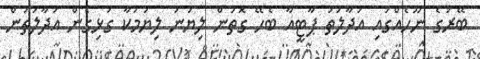
ބޭރުގެ ނޫހެއްގައި އަދާލަތު ޕާޓީއާ ބެހޭ ގޮތުން ލިޔުނު ލިޔުމަކާ ގުޅިގެން އަދާލަތުން